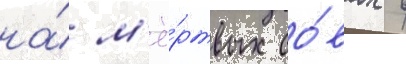
на́ м'ё́ртвых со́вах в